Civil Veterinary Dept. Bombay admin report 1923-31 - 1923-1931
Year: 1923
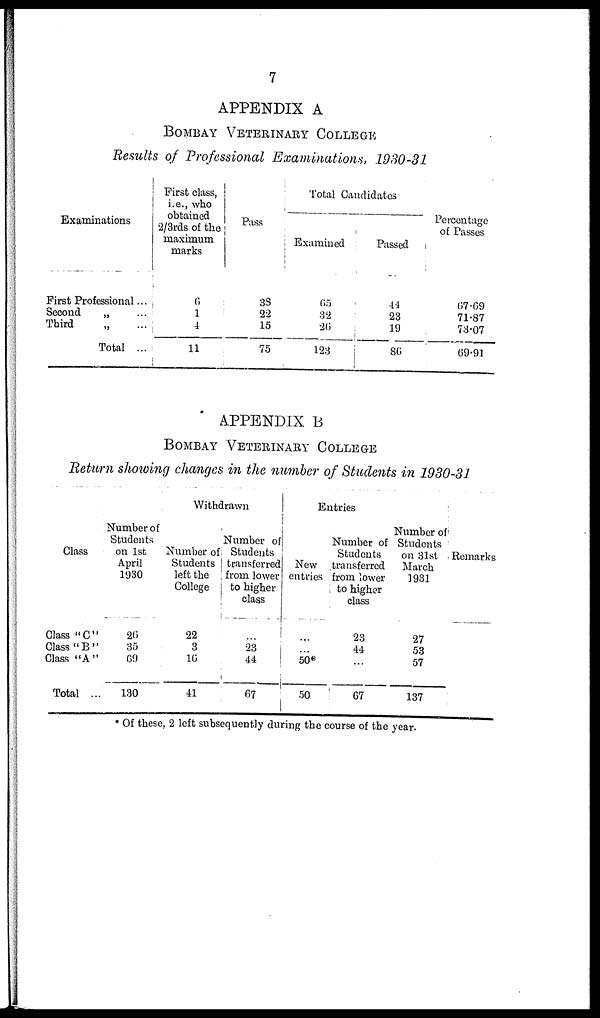
7
APPENDIX A
BOMBAY VETERINARY COLLEGE
Results of Professional Examinations, 1930-31
Examinations
First Professional ...
Second
„ ...
Third „ ...
Total ...
First class,
i.e., who
obtained
2/3rds of the
maximum
marks
6
1
4
11
Pass
38
22
15
75
Total Candidates
Examined
65
32
26
123
Passed
44
23
19
86
Percentage
of Passes
67.69
71.87
73.07
69.91
APPENDIX B
BOMBAY VETERINARY COLLEGE
Return showing changes in the number of Students in 1930-31
Class
Class "C"
Class "B"
Class "A"
Total ...
Number of
Students
on 1st
April
1930
26
35
69
130
Withdrawn
Number of
Students
left the
College
22
3
16
41
Number of
Students
transferred
from lower
to higher
class
...
23
44
67
Entries
New
entries
...
...
50* ...
50
Number of
Students
transferred
from lower
to higher
class
23
44
...
67
Number of
Students
on 31st
March
1931
27
53
57
137
Remarks
* Of these, 2 left subsequently during the course of the year.